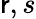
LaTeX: \mathsf{r},s